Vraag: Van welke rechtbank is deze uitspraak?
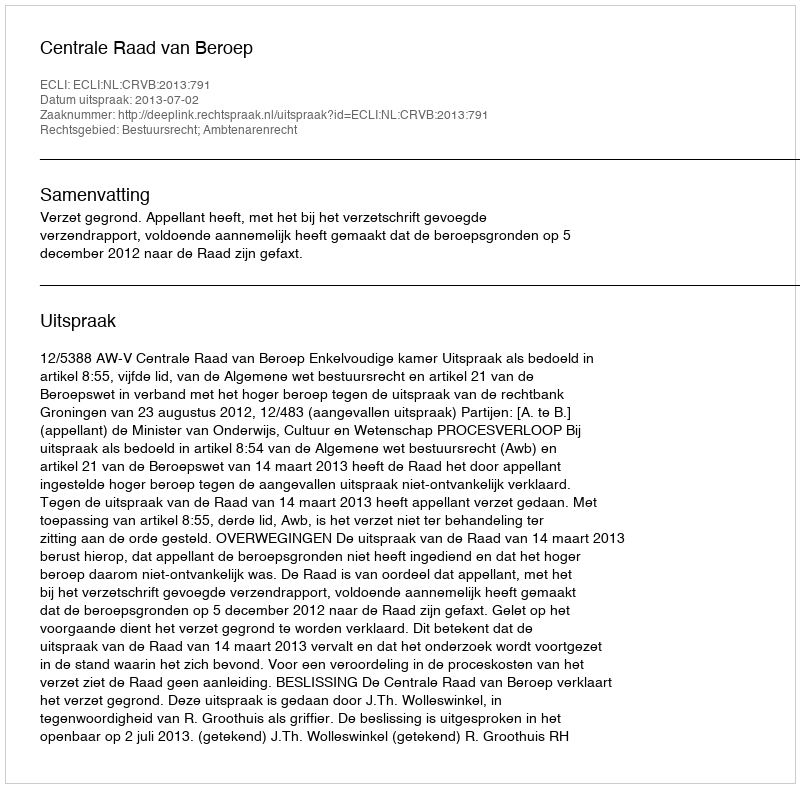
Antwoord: Centrale Raad van Beroep